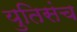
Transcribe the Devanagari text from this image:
युतिसंच